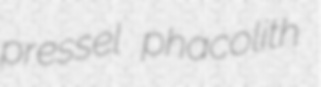
pressel phacolith